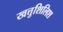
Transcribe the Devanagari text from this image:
खत्तुशिलिश